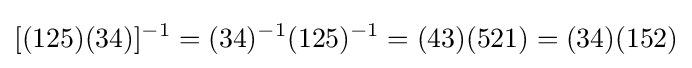
[(125)(34)]^{-1}=(34)^{-1}(125)^{-1}=(43)(521)=(34)(152)